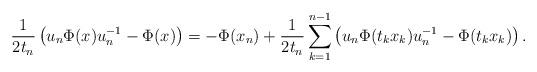
LaTeX: \begin{align*}\frac{1}{2t_n}\left(u_n \Phi(x) u_n^{-1} - \Phi(x)\right) & = -\Phi(x_n)+\frac{1}{2t_n}\sum\limits_{k=1}^{n-1} \left(u_n \Phi(t_k x_k)u_n^{-1} - \Phi(t_k x_k)\right).\end{align*}